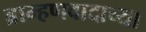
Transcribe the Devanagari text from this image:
ब्राम्हणवादाच्या